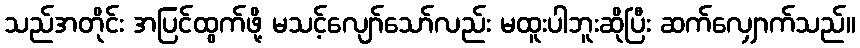
သည်အတိုင်း အပြင်ထွက်ဖို့ မသင့်လျော်သော်လည်း မထူးပါဘူးဆိုပြီး ဆက်လျှောက်သည်။